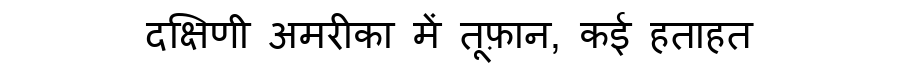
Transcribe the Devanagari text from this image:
दक्षिणी अमरीका में तूफ़ान, कई हताहत